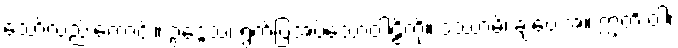
သော်လည်းကောင်း။ ဥဒ္ဒေသံ၊ ရွက်ပြအပ်သောဝါဠိကို။ ဒဿာမိ၊ ချပေးအံ့။ ဣတိ ဝါ၊